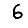
Digit: 6